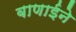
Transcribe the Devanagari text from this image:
बाणाईने